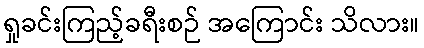
ရှုခင်းကြည့်ခရီးစဉ် အကြောင်း သိလား။